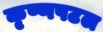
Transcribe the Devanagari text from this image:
कृष्णपटल